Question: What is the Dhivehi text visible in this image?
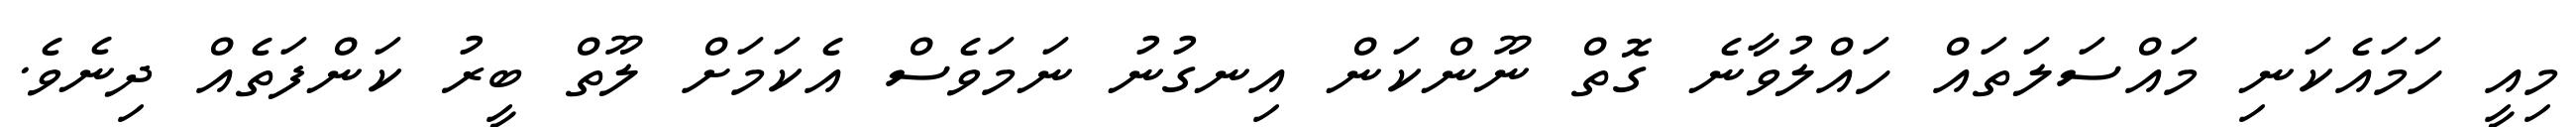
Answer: މިއީ ހަމައެކަނި މައްސަލަތައް ހައްލުވާނެ ގޮތް ނޫންކަން އިނގުނު ނަމަވެސް އެކަމަށް ލޫތް ބީރު ކަންފަތެއް ދިނެވެ.